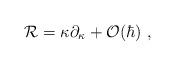
LaTeX: \begin{align*}{\cal R} = \kappa \partial _\kappa + {\cal O}(\hbar) \ ,\end{align*}